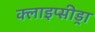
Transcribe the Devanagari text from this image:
क्लाइप्सीड्रा